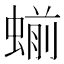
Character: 𬠝